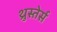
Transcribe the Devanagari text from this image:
थ्रुस्तेर्स